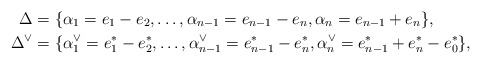
\begin{align*}\Delta&=\{\alpha_1= e_1-e_2, \ldots, \alpha_{n-1}= e_{n-1} -e_n, \alpha_n= e_{n-1}+e_n\}, \\\Delta^\vee &=\{ \alpha_1^{\vee}= e_1^*-e_2^*, \ldots, \alpha_{n-1}^\vee= e_{n-1}^* -e_n^*, \alpha_n^\vee= e_{n-1}^* + e_n^* - e_0^*\},\end{align*}